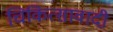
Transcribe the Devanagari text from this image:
चिकित्सावादी